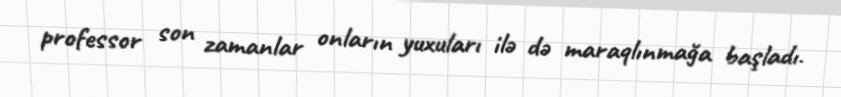
professor son zamanlar onların yuxuları ilə də maraqlınmağa başladı.